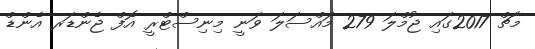
މާޗް 2017ގައި ޖުމްލަ 279 މައްސަލަ ވަނީ މިނިސްޓްރީ އޮފް ޖެންޑަރ އެންޑް